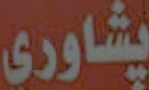
پشاوري